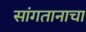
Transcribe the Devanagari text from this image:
सांगतानाचा